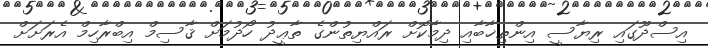
އިސްދޫގައި ރިޔާސީ އިންތިޚާބާއި ދިމާކޮށް ރައްޔިތުންގެ ތާޢީދު ހޯދުމަށް ޤާސިމް އިބްރާހިމް އެރަށަށް